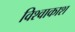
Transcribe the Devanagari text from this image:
विश्वाकाश